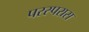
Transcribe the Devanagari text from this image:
परस्परास